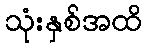
သုံးနှစ်အထိ